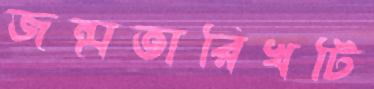
জন্মতারিখটি